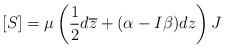
LaTeX: \begin{align*}[S]=\mu\left(\frac{1}{2}d\overline{z}+(\alpha-I\beta)dz\right)J\end{align*}